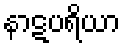
နာဋပရိယာ